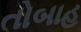
તોબાહ